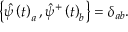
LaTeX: \left\{ \hat { \psi } \left( t \right) _ { a } , \hat { \psi } ^ { + } \left( t \right) _ { b } \right\} = \delta _ { a b } .